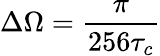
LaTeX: \Delta\Omega=\frac{\pi}{256\tau_{c}}